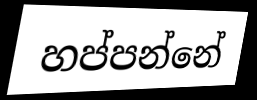
හප්පන්නේ